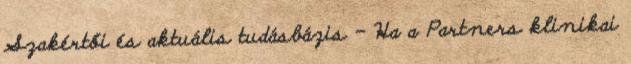
Szakértői és aktuális tudásbázis – Ha a Partners klinikai